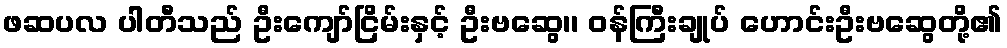
ဖဆပလ ပါတီသည် ဦးကျော်ငြိမ်းနှင့် ဦးဗဆွေ၊၊ ဝန်ကြီးချုပ် ဟောင်းဦးဗဆွေတို့၏